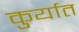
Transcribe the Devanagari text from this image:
कुर्यात